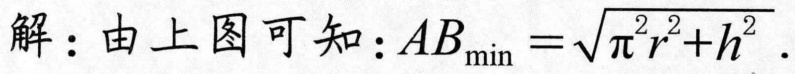
解：由上图可知：\(AB_{\min}=\sqrt{\pi^{2}r^{2}+h^{2}}\)．